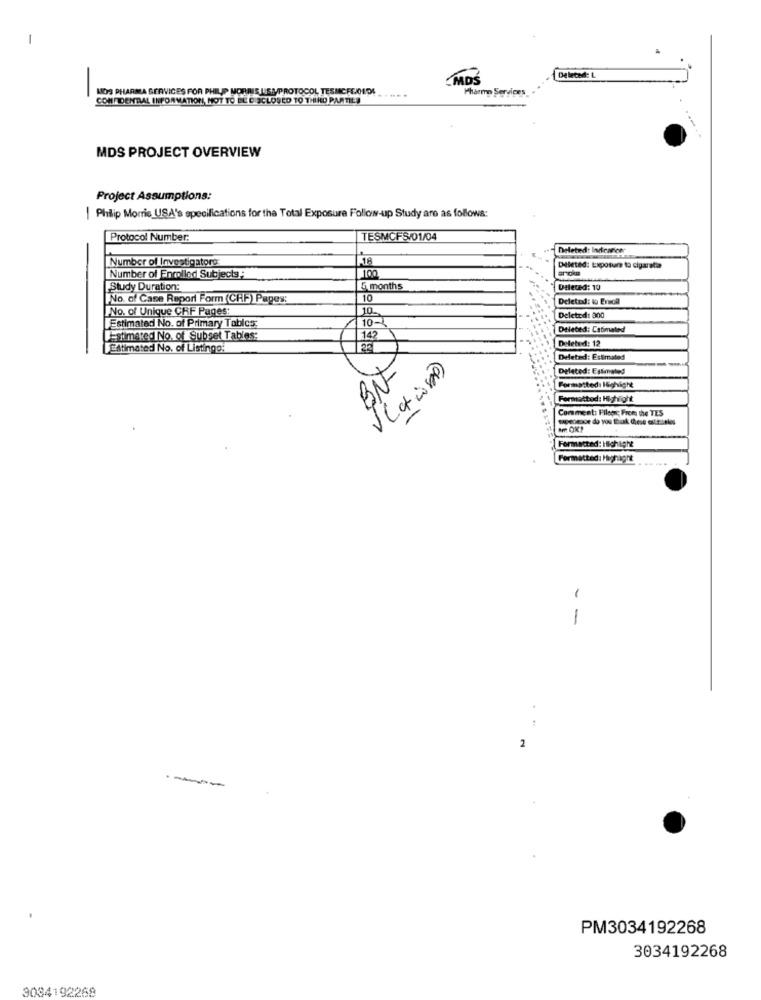
-
CMDS
-
MOS PHARMA SERVICES FOR PHILIP MORRIS | SMPROTOCOL TESMCFEOEDS
Pharmn Services
CONFIDENTIAL INFORMATION, NOT TO BE DISCLOSED TO THIRD PARTIES
MDS PROJECT OVERVIEW
Project Assumptions:
| Philip Morris USA's specifications for the Total Exposure Follow-up Study are as follows:
Protocol Number:
TESMCFS/01/04
Deleted: Indcancer
Number of Investigatore
18
100
Deleted: Exposure to cigareta
Number of Enrolled Subjects
Study Duration:
5 months
Deleted: 10
No. of Case Report Form (CHF) Pages:
10
Deleted: 10 Eruoil
No. of Unique CRF Pages:
10
10-
Deleted: 300
Estimated No. of Primary Tables
Deleted: Catmated
Estimated No. of Subset Tables:
142
Deleted: 12
Estimated No. of Listingo:
Deleted: Estimated
1Deleted: Estimated
-NO
Formatted: Highlight
Formattod: Highlight
Comment: Fllook: From the TES
Formacted: Highlight
Formatted: Highight
-
-
2
-
PM3034192268
3034192268
3084192268